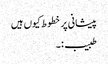
پیشانی پر خطوط کیوں ہیں
طبیب :۔